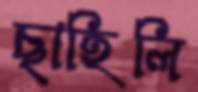
ছাহিলি